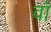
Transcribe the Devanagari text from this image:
वाॅ